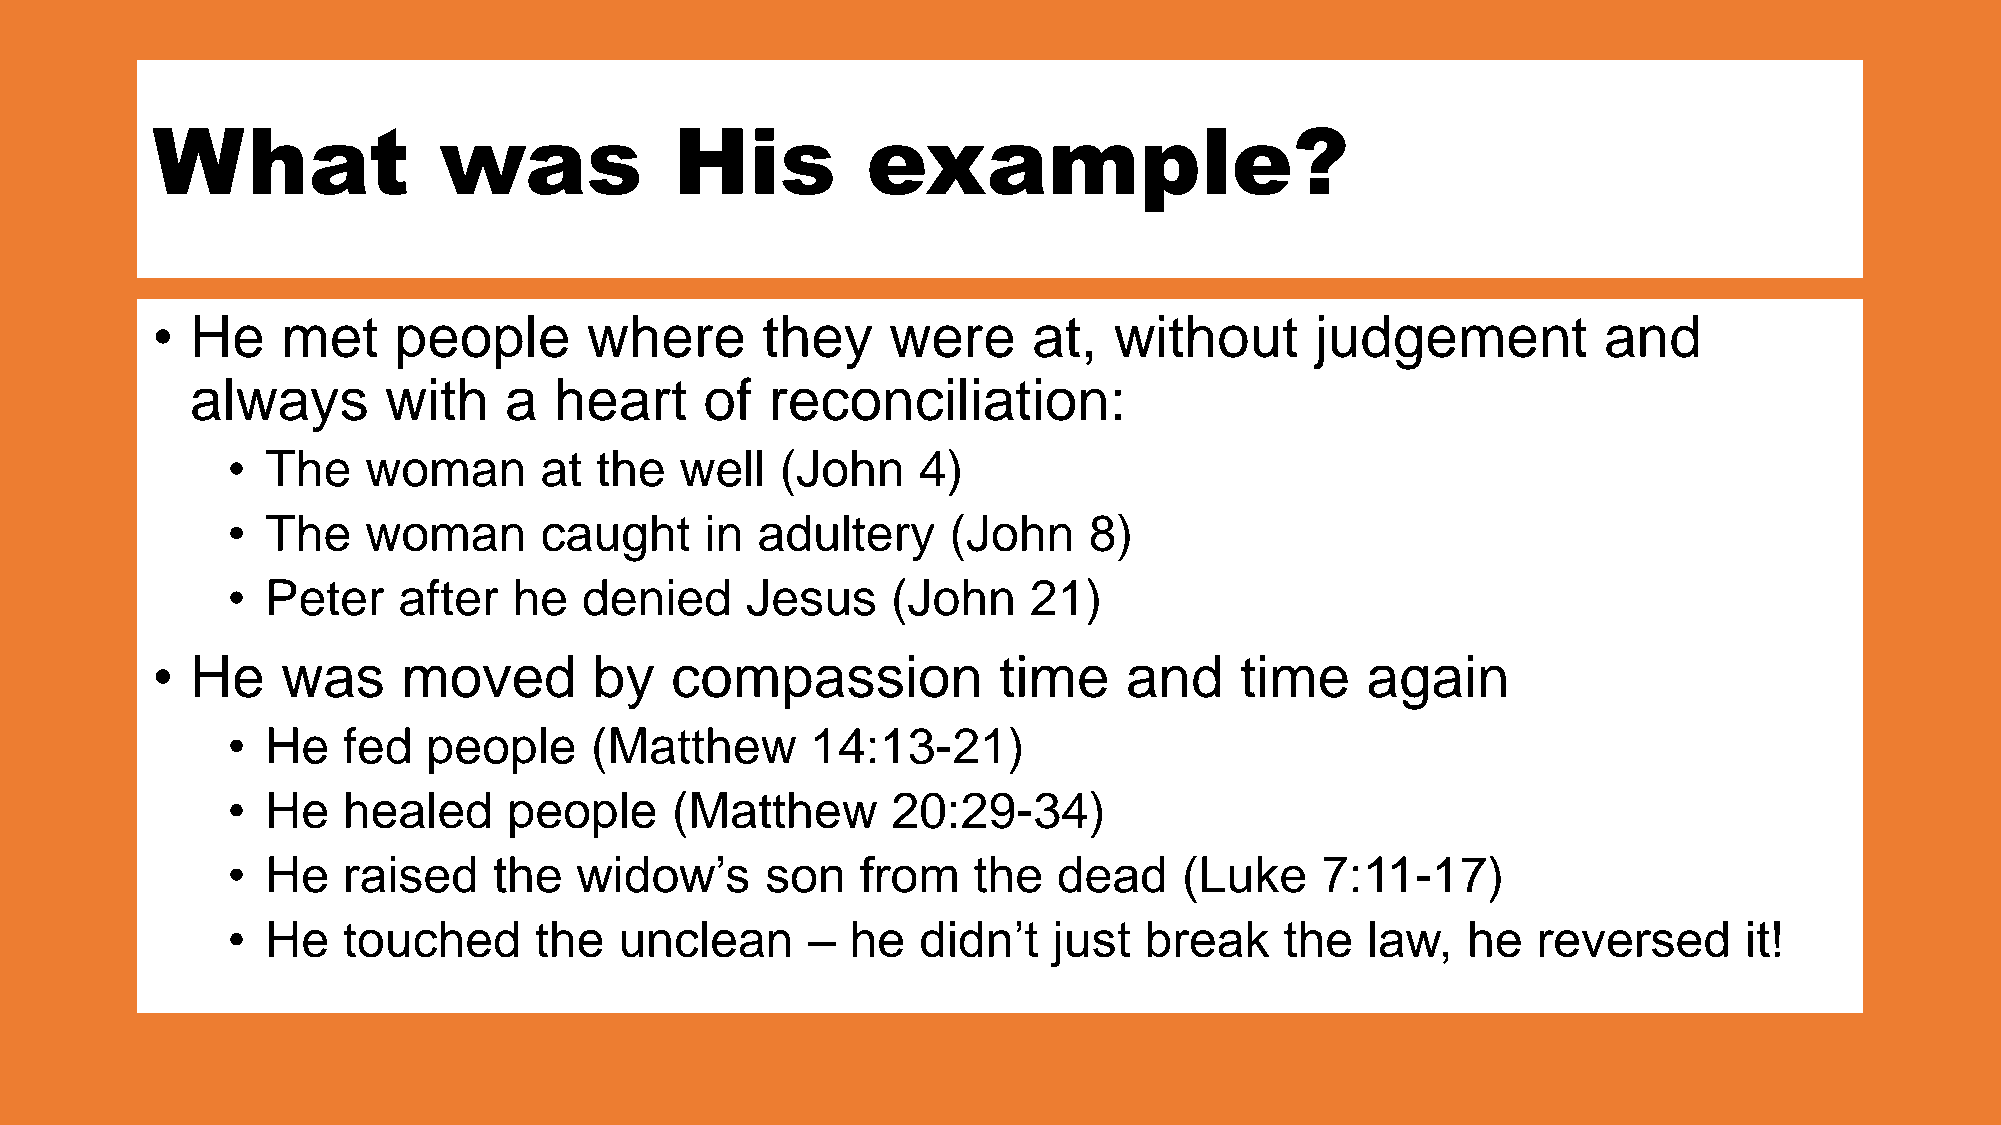
What               was             His         example?
 •  He    met    people       where      they     were     at,   without      judgement          and
 always      with    a   heart     of  reconciliation:
 •  The   woman       at the   well   (John    4)
 •  The   woman       caught     in adultery     (John    8)
 •  Peter   after   he   denied    Jesus     (John    21)
 •  He    was     moved       by   compassion            time     and    time    again
 •  He   fed  people     (Matthew       14:13-21)
 •  He   healed     people    (Matthew       20:29-34)
 •  He   raised    the  widow’s      son   from   the   dead    (Luke    7:11-17)
 •  He   touched     the   unclean     –  he   didn’t   just  break    the  law,   he   reversed     it!